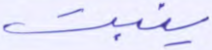
ينبت